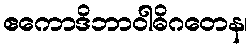
ဧကောဒိဘာဝါဓိဂတေန၊